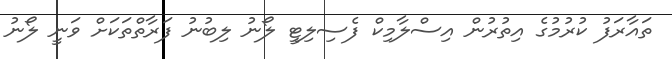
ތައާރަފު ކުރުމުގެ އިތުރުން އިސްލާމިކް ފެސިލިޓީ ލޯނު ލިބުނު ފަރާތްތަކަށް ވަނީ ލޯނު